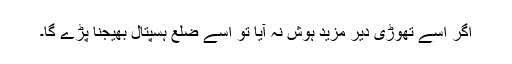
اگر اسے تھوڑی دیر مزید ہوش نہ آیا تو اسے ضلع ہسپتال بھیجنا پڑے گا۔